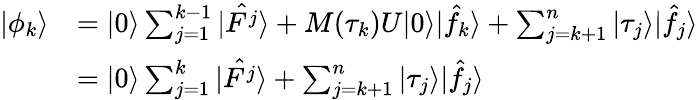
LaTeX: \begin{array}{rl}{|\phi_{k}\rangle}&{=|0\rangle\sum_{j=1}^{k-1}|\hat{F^{j}}\rangle+M(\tau_{k})U|0\rangle|\hat{f_{k}}\rangle+\sum_{j=k+1}^{n}|\tau_{j}\rangle|\hat{f_{j}}\rangle}\\ &{=|0\rangle\sum_{j=1}^{k}|\hat{F^{j}}\rangle+\sum_{j=k+1}^{n}|\tau_{j}\rangle|\hat{f_{j}}\rangle}\end{array}